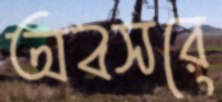
অবসরে